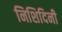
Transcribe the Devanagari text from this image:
निशिदिनी